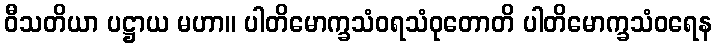
ဝီသတိယာ ပဋ္ဌာယ မဟာ။ ပါတိမောက္ခသံဝရသံဝုတောတိ ပါတိမောက္ခသံဝရေန